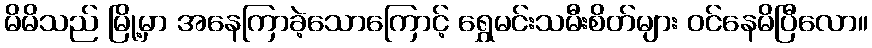
မိမိသည် မြို့မှာ အနေကြာခဲ့သောကြောင့် ရွှေမင်းသမီးစိတ်များ ဝင်နေမိပြီလော။